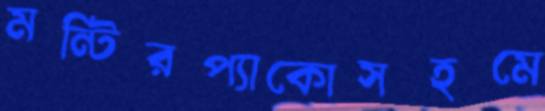
মন্টিরপ্যাকোসহমে